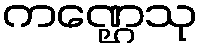
ကဏ္ဌေသု